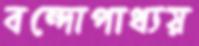
বন্দোপাধ্যয়